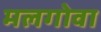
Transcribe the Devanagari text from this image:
मलगोवा